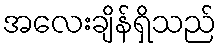
အလေးချိန်ရှိသည်